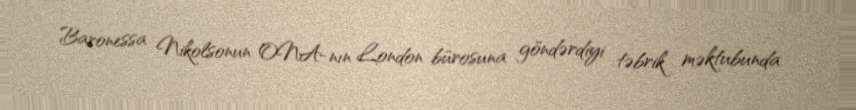
Baronessa Nikolsonun ONA-nın London bürosuna göndərdiyi təbrik məktubunda